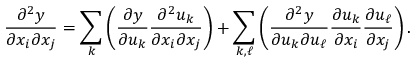
{ \frac { \partial ^ { 2 } y } { \partial x _ { i } \partial x _ { j } } } = \sum _ { k } \left( { \frac { \partial y } { \partial u _ { k } } } { \frac { \partial ^ { 2 } u _ { k } } { \partial x _ { i } \partial x _ { j } } } \right) + \sum _ { k , \ell } \left( { \frac { \partial ^ { 2 } y } { \partial u _ { k } \partial u _ { \ell } } } { \frac { \partial u _ { k } } { \partial x _ { i } } } { \frac { \partial u _ { \ell } } { \partial x _ { j } } } \right) .